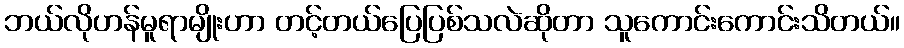
ဘယ်လိုဟန်မူရာမျိုးဟာ တင့်တယ်ပြေပြစ်သလဲဆိုတာ သူကောင်းကောင်းသိတယ်။